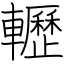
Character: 轣